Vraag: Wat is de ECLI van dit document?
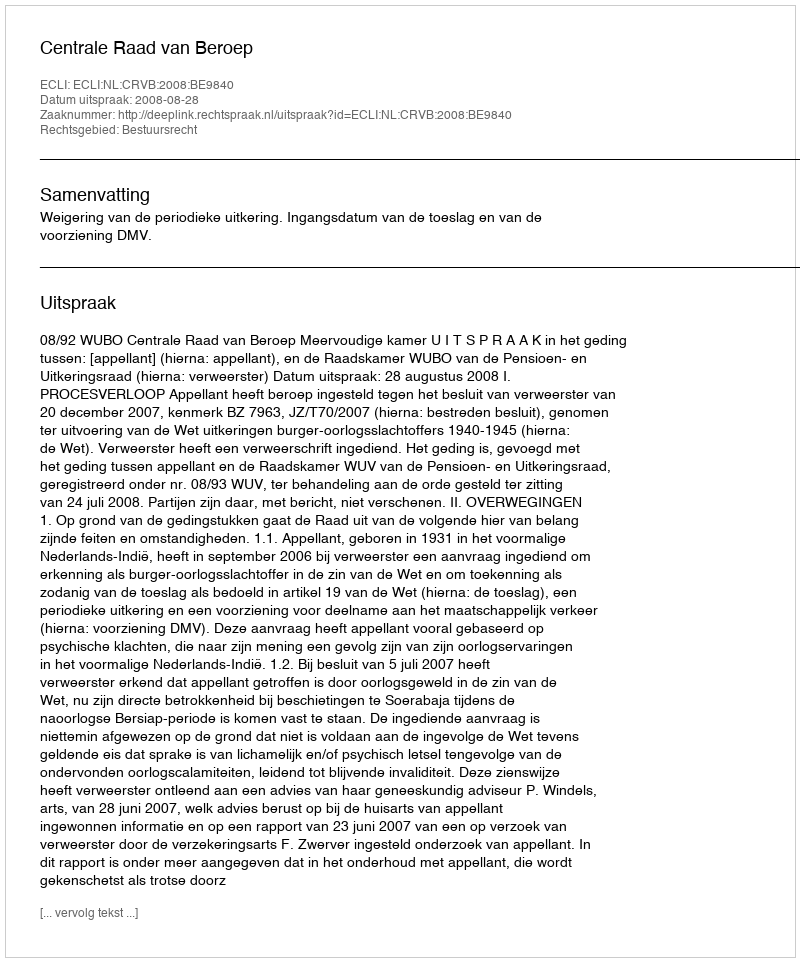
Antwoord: ECLI:NL:CRVB:2008:BE9840